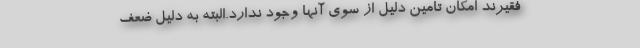
فقیرند امکان تامین دلیل از سوی آنها وجود ندارد.البته به دلیل ضعف